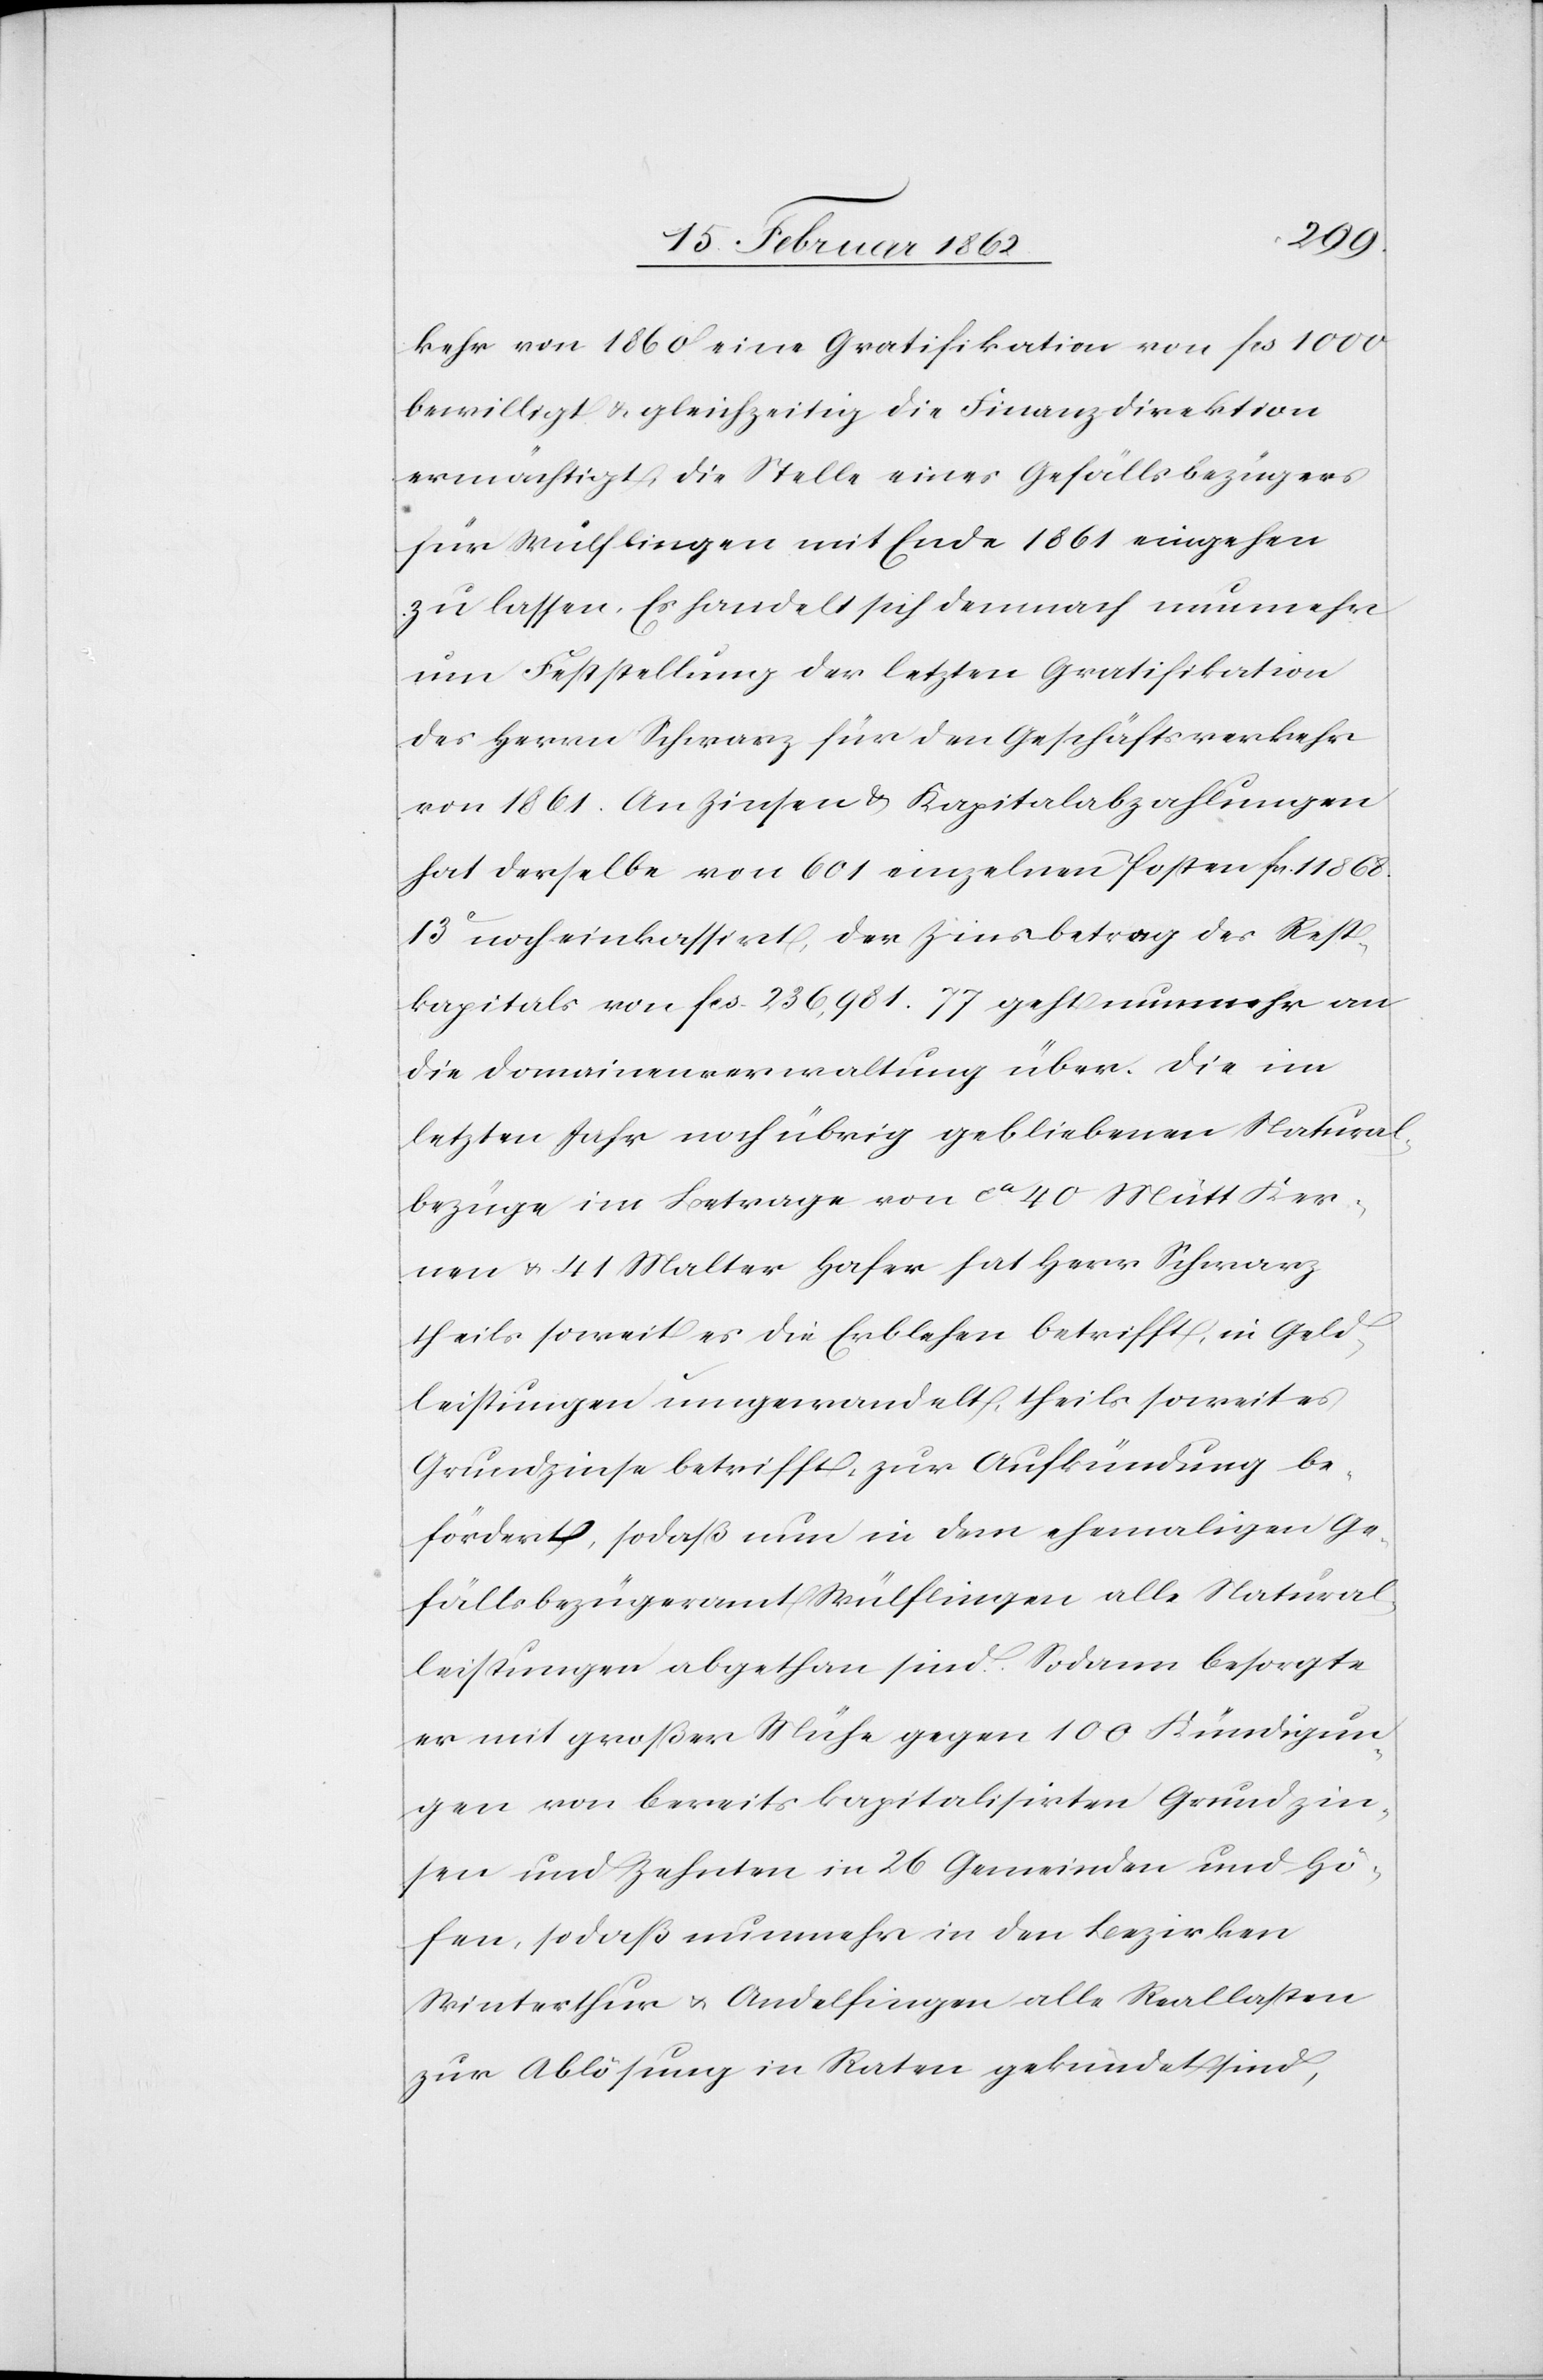
kehr von 1860 eine Gratifikation von fcs 1000
bewilligt u. gleichzeitig die Finanzdirektion
ermächtigt, die Stelle eines Gefällsbezügers
für Wülflingen mit Ende 1861 eingehen
zu lassen. Es handelt sich demnach nunmehr
um Feststellung der letzten Gratifikation
des Herrn Schwarz für den Geschäftsverkehr
von 1861. An Zinsen & Kapitalabzahlungen
hat derselbe von 601 einzelnen Posten fcs. 11 868.
13c noch einkassirt, der Zinsbetrag des Rest¬
kapitals von fcs. 236,981.77 geht nunmehr an
die Domainenverwaltung über. Die im
letzten Jahr noch übrig gebliebenen Natural¬
bezüge im Betrage von ca 40 Mütt Ker¬
nen u. 41 Malter Hafer hat Herr Schwarz
theils soweit es die Erblehen betrifft, in Geld¬
leistungen umgewandelt, theils soweit es
Grundzinse betrifft, zur Aufkündung be¬
fördert, sodaß nun in dem ehemaligen Ge¬
fällsbezügeramt Wülflingen alle Natural¬
leistungen abgethan sind. Sodann besorgte
er mit großer Mühe gegen 100 Kündigun¬
gen von bereits kapitalisirten Grundzin¬
sen und Zehnten in 26 Gemeinden und Hö¬
fen, so daß nunmehr in den Bezirken
Winterthur u. Andelfingen alle Reallasten
zur Ablösung in Raten gekündet sind,